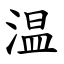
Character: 温